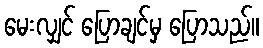
မေးလျှင် ပြောချင်မှ ပြောသည်။